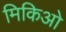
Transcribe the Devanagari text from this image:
मिकिओ